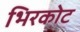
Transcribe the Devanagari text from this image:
भिरकोट